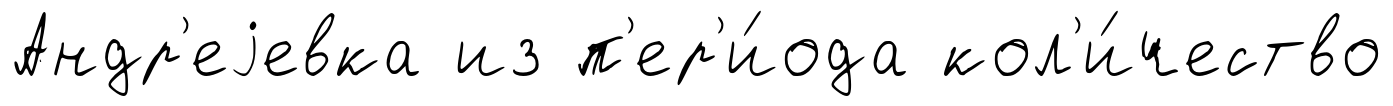
Андр'еjевка из п'ер'и́ода кол'и́чество